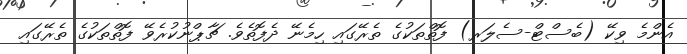
އެންމެ ވިކޭ (ބެސްޓް-ސެލަރ) ފޮތްތަކުގެ ތެރޭގައި ހިމެނޭ ދެފޮތެވެ. ޗާޕްނުކުރެވޭ ފޮތްތަކުގެ ތެރޭގައި